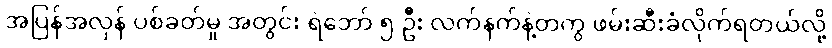
အပြန်အလှန် ပစ်ခတ်မှု အတွင်း ရဲဘော် ၅ ဦး လက်နက်နဲ့တကွ ဖမ်းဆီးခံလိုက်ရတယ်လို့